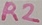
Text: R2